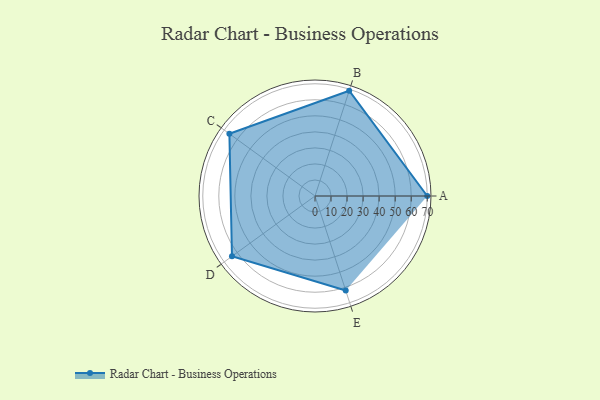
{"axis": {"x": "Skill", "y": "Score"}, "legend": ["Profile"], "data": [{"x": "A", "y": 70.0, "type": "Profile"}, {"x": "B", "y": 69.0, "type": "Profile"}, {"x": "C", "y": 66.0, "type": "Profile"}, {"x": "D", "y": 64.0, "type": "Profile"}, {"x": "E", "y": 62.0, "type": "Profile"}]}